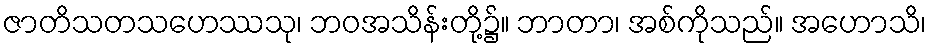
ဇာတိသတသဟေဿသု၊ ဘဝအသိန်းတို့၌။ ဘာတာ၊ အစ်ကိုသည်။ အဟောသိ၊